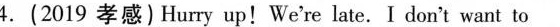
4.(2019 孝感)Hurry up! We're late.I don't want to